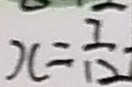
x = \frac { 7 } { 1 2 }